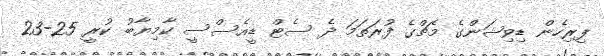
ފިރިހެން ޑިވިޝަންގެ މެޗްގެ ފުރަތަމަ ދެ ސެޓް ޑީއެސްސީ ކާމިޔާބު ކުރީ 25-23